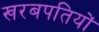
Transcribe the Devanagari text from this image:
खरबपतियों